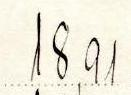
18,91